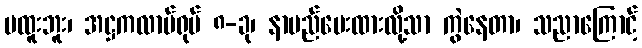
မထူးဘူး၊ အဋ္ဌကလာပ်ရုပ် ၈-ခု၊ နာမည်ပေးထားလို့သာ ကွဲနေတာ၊ သညာကြောင့်